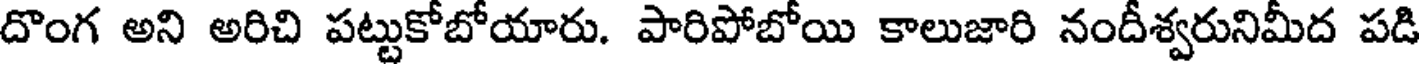
దొంగ అని అరిచి పట్టుకోబోయారు. పారిపోబోయి కాలుజారి నందీశ్వరునిమీద పడి